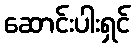
ဆောင်းပါးရှင်